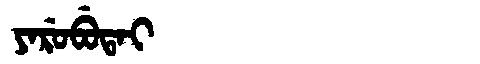
Manchu: ᠶᠠᡵᡠᠪᡠᡨᠠᡳ
Romanization: YARUBUTAI